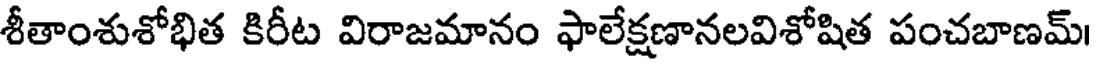
శీతాంశుశోభిత కిరీట విరాజమానం ఫాలేక్షణానలవిశోషిత పంచబాణమ్